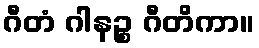
ဂီတံ ဂါနဉ္စ ဂီတိကာ။